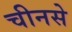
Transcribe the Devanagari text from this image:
चीनसे